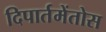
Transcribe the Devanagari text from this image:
दिपार्तमेंतोस